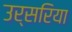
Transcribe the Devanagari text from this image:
उर्सरिया